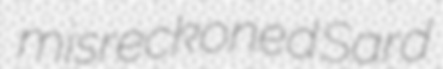
misreckoned Sard